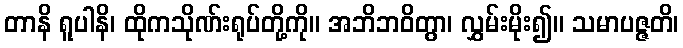
တာနိ ရူပါနိ၊ ထိုကသိုဏ်းရုပ်တို့ကို။ အဘိဘဝိတွာ၊ လွှမ်းမိုး၍။ သမာပဇ္ဇတိ၊